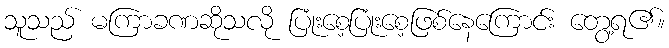
သူသည် မကြာခဏဆိုသလို ပြုံးစေ့ပြုံးစေ့ဖြစ်နေကြောင်း တွေ့ရ၏။